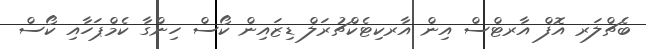
ބެޗްލަރ އޮފް އާރޓްސް އިން އާރކިޓެކްޗުރަލް ޑިޒައިން ކޯސް ހިންގާ ކެމްޕަހާއި ކޯސް